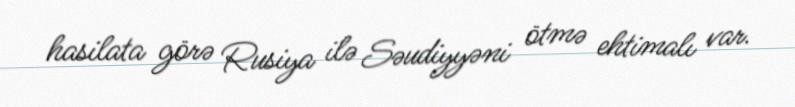
hasilata görə Rusiya ilə Səudiyyəni ötmə ehtimalı var.